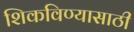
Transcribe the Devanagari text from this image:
शिकविण्‍यासाठी